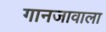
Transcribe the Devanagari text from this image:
गानजावाला